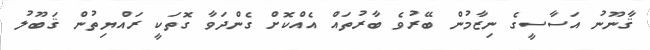
ޤާނޫނު އަސާސީގެ ނިޒާމުން ބޭރުވެ ބާރުތައް އެއްކޮށް ގެންދަވާ ގޮތަކީ ރައްޔިތުން ޤަބޫލު